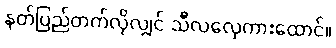
နတ်ပြည်တက်လိုလျှင် သီလလှေကားထောင်။